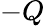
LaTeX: -Q